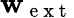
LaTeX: \textbf{w}_{\mathrm{~e~x~t~}}